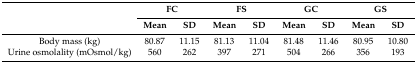
<table><thead><tr><td rowspan="2"></td><td colspan="2"><b>FC</b></td><td colspan="2"><b>FS</b></td><td colspan="2"><b>GC</b></td><td colspan="2"><b>GS</b></td></tr><tr><td><b>Mean</b></td><td><b>SD</b></td><td><b>Mean</b></td><td><b>SD</b></td><td><b>Mean</b></td><td><b>SD</b></td><td><b>Mean</b></td><td><b>SD</b></td></tr></thead><tbody><tr><td>Body mass (kg)</td><td>80.87</td><td>11.15</td><td>81.13</td><td>11.04</td><td>81.48</td><td>11.46</td><td>80.95</td><td>10.80</td></tr><tr><td>Urine osmolality (mOsmol/kg)</td><td>560</td><td>262</td><td>397</td><td>271</td><td>504</td><td>266</td><td>356</td><td>193</td></tr></tbody></table>